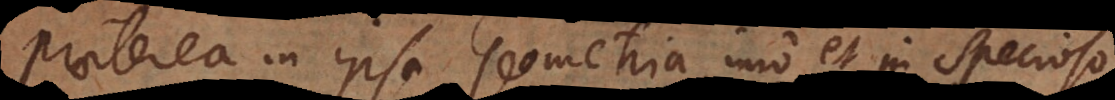
Praeterea in ipsa Geometria, imo et in Specioso